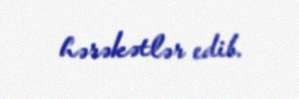
hərəkətlər edib.